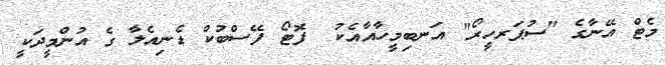
މެޓް އޭނާގެ "ސުޕަރހީރޯ" އަނބިމީހާއާއެކު  ފޮޓޯ ފޭސްބުކް ޑެނިއެލާ ގެ އުންމީދަކީ